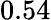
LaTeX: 0.54